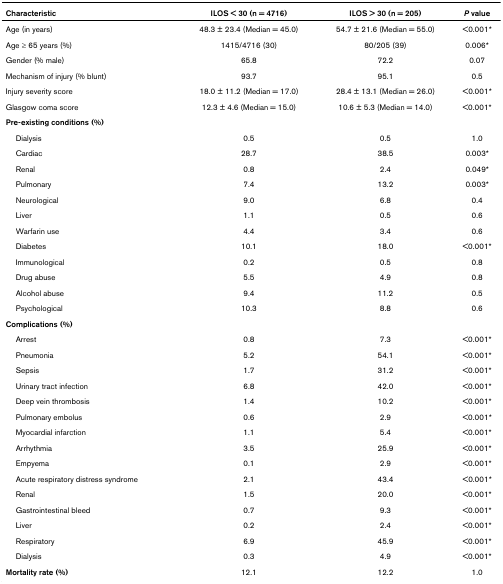
<table><thead><tr><td><b>Characteristic</b></td><td><b>ILOS &lt; 30 (n = 4716)</b></td><td><b>ILOS &gt; 30 (n = 205)</b></td><td><b><i>P </i>value</b></td></tr></thead><tbody><tr><td>Age (in years)</td><td>48.3 ± 23.4 (Median = 45.0)</td><td>54.7 ± 21.6 (Median = 55.0)</td><td>&lt;0.001*</td></tr><tr><td>Age ≥ 65 years (%)</td><td>1415/4716 (30)</td><td>80/205 (39)</td><td>0.006*</td></tr><tr><td>Gender (% male)</td><td>65.8</td><td>72.2</td><td>0.07</td></tr><tr><td>Mechanism of injury (% blunt)</td><td>93.7</td><td>95.1</td><td>0.5</td></tr><tr><td>Injury severity score</td><td>18.0 ± 11.2 (Median = 17.0)</td><td>28.4 ± 13.1 (Median = 26.0)</td><td>&lt;0.001*</td></tr><tr><td>Glasgow coma score</td><td>12.3 ± 4.6 (Median = 15.0)</td><td>10.6 ± 5.3 (Median = 14.0)</td><td>&lt;0.001*</td></tr><tr><td><b>Pre-existing conditions (%)</b></td><td></td><td></td><td></td></tr><tr><td> Dialysis</td><td>0.5</td><td>0.5</td><td>1.0</td></tr><tr><td> Cardiac</td><td>28.7</td><td>38.5</td><td>0.003*</td></tr><tr><td> Renal</td><td>0.8</td><td>2.4</td><td>0.049*</td></tr><tr><td> Pulmonary</td><td>7.4</td><td>13.2</td><td>0.003*</td></tr><tr><td> Neurological</td><td>9.0</td><td>6.8</td><td>0.4</td></tr><tr><td> Liver</td><td>1.1</td><td>0.5</td><td>0.6</td></tr><tr><td> Warfarin use</td><td>4.4</td><td>3.4</td><td>0.6</td></tr><tr><td> Diabetes</td><td>10.1</td><td>18.0</td><td>&lt;0.001*</td></tr><tr><td> Immunological</td><td>0.2</td><td>0.5</td><td>0.8</td></tr><tr><td> Drug abuse</td><td>5.5</td><td>4.9</td><td>0.8</td></tr><tr><td> Alcohol abuse</td><td>9.4</td><td>11.2</td><td>0.5</td></tr><tr><td> Psychological</td><td>10.3</td><td>8.8</td><td>0.6</td></tr><tr><td><b>Complications (%)</b></td><td></td><td></td><td></td></tr><tr><td> Arrest</td><td>0.8</td><td>7.3</td><td>&lt;0.001*</td></tr><tr><td> Pneumonia</td><td>5.2</td><td>54.1</td><td>&lt;0.001*</td></tr><tr><td> Sepsis</td><td>1.7</td><td>31.2</td><td>&lt;0.001*</td></tr><tr><td> Urinary tract infection</td><td>6.8</td><td>42.0</td><td>&lt;0.001*</td></tr><tr><td> Deep vein thrombosis</td><td>1.4</td><td>10.2</td><td>&lt;0.001*</td></tr><tr><td> Pulmonary embolus</td><td>0.6</td><td>2.9</td><td>&lt;0.001*</td></tr><tr><td> Myocardial infarction</td><td>1.1</td><td>5.4</td><td>&lt;0.001*</td></tr><tr><td> Arrhythmia</td><td>3.5</td><td>25.9</td><td>&lt;0.001*</td></tr><tr><td> Empyema</td><td>0.1</td><td>2.9</td><td>&lt;0.001*</td></tr><tr><td> Acute respiratory distress syndrome</td><td>2.1</td><td>43.4</td><td>&lt;0.001*</td></tr><tr><td> Renal</td><td>1.5</td><td>20.0</td><td>&lt;0.001*</td></tr><tr><td> Gastrointestinal bleed</td><td>0.7</td><td>9.3</td><td>&lt;0.001*</td></tr><tr><td> Liver</td><td>0.2</td><td>2.4</td><td>&lt;0.001*</td></tr><tr><td> Respiratory</td><td>6.9</td><td>45.9</td><td>&lt;0.001*</td></tr><tr><td> Dialysis</td><td>0.3</td><td>4.9</td><td>&lt;0.001*</td></tr><tr><td><b>Mortality rate (%)</b></td><td>12.1</td><td>12.2</td><td>1.0</td></tr></tbody></table>